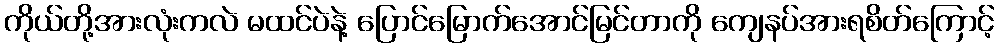
ကိုယ်တို့အားလုံးကလဲ မထင်ပဲနဲ့ ပြောင်မြောက်အောင်မြင်တာကို ကျေနပ်အားရစိတ်ကြောင့်